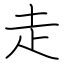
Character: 走